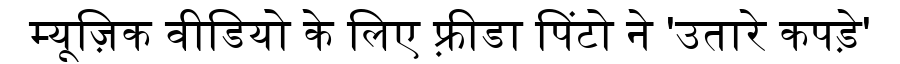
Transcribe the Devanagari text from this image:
म्यूज़िक वीडियो के लिए फ़्रीडा पिंटो ने 'उतारे कपड़े'